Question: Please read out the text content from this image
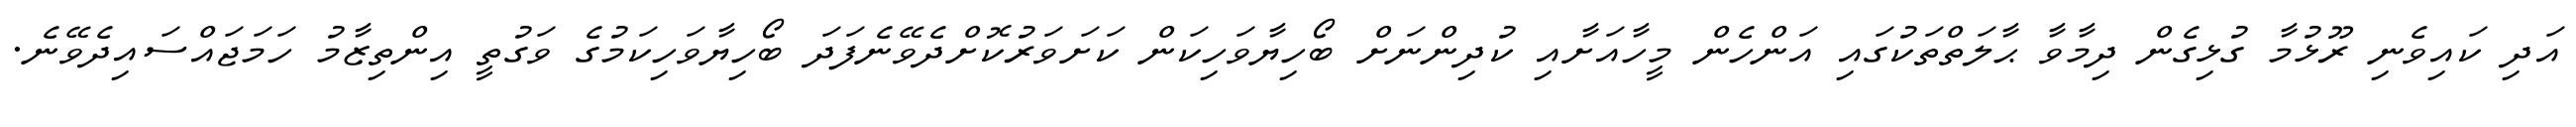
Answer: އަދި ކައިވެނި ރޫޅުމާ ގުޅިގެން ދިމާވާ ޙާލަތްތަކުގައި އަންހެން މީހާއަށާއި ކުދިންނަށް ބޯހިޔާވަހިކަން ކަށަވަރުކޮށްދެވޭނެފަދަ ބޯހިޔާވަހިކަމުގެ ވަގުތީ އިންތިޒާމު ހަމަޖައްސައިދެވޭނެ.